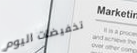
تخفيضات اليوم